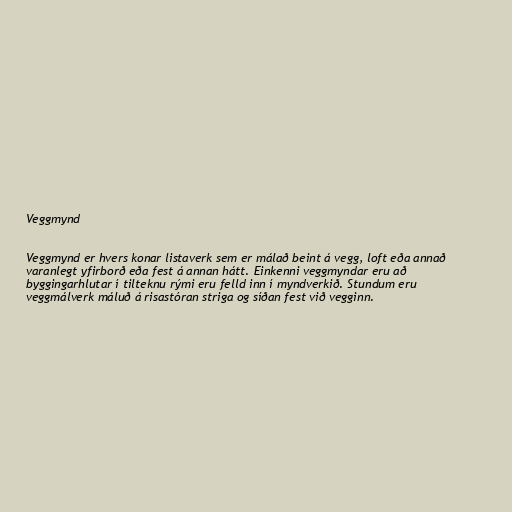
Veggmynd

Veggmynd er hvers konar listaverk sem er málað beint á vegg, loft eða annað
varanlegt yfirborð eða fest á annan hátt. Einkenni veggmyndar eru að
byggingarhlutar í tilteknu rými eru felld inn í myndverkið. Stundum eru
veggmálverk máluð á risastóran striga og síðan fest við vegginn.